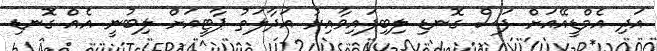
އަދި އެމްޑީއޭއަށް ފަސް ގޮނޑި ލިބިފައިވާއިރު އަދާލަތު ޕާޓީއަށް ލިބުނީ އެއް ގޮނޑި